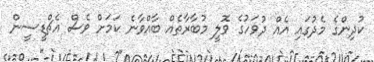
ކުދިންގެ މެދުގައި އެއް ދުވަހުގެ ވޮލީ މުބާރާތެއް ބާއްވާނެ ކަމަށް ވެސް އެޗްޑީސީން